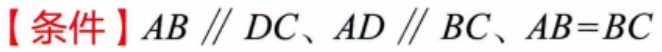
【条件】$AB \parallel DC、AD \parallel BC、AB = BC$